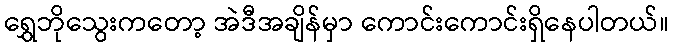
ရွှေဘိုသွေးကတော့ အဲဒီအချိန်မှာ ကောင်းကောင်းရှိနေပါတယ်။